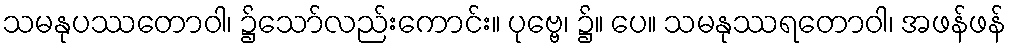
သမနုပဿတောဝါ၊ ၌သော်လည်းကောင်း။ ပုဗ္ဗေ၊ ၌။ ပေ။ သမနုဿရတောဝါ၊ အဖန်ဖန်